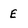
Character: E